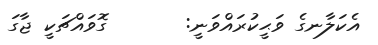
އެކަލާނގެ ވަޙީކުރައްވަނީ:       ގޮވައްޗަކީ ޖާގަ